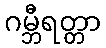
ဂမ္ဘီရတ္တာ